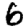
Digit: 6